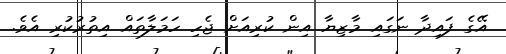
އޭގެ ފައިދާ ނަގައި މާޒިޔާ އިން ކުރިއަށް ޖެހި ހަމަލާތައް އިތުރުކުރި އެވެ.